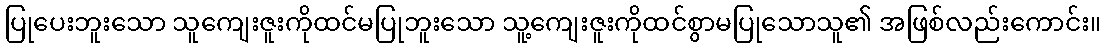
ပြုပေးဘူးသော သူကျေးဇူးကိုထင်မပြုဘူးသော သူ့ကျေးဇူးကိုထင်စွာမပြုသောသူ၏ အဖြစ်လည်းကောင်း။